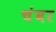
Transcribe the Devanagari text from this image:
चंबर